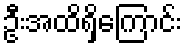
ဦးအထိရှိကြောင်း